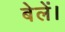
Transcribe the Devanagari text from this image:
बेलें।